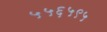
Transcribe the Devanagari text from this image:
५५६५९५